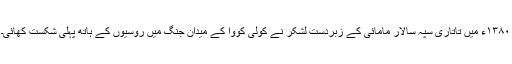
۱۳۸۰ء میں تاتاری سپہ سالار مامائی کے زبردست لشکر نے کولی کووا کے میدان جنگ میں روسیوں کے ہاتھ پہلی شکست کھائی۔